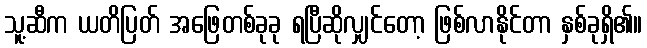
သူ့ဆီက ယတိပြတ် အဖြေတစ်ခုခု ရပြီဆိုလျှင်တော့ ဖြစ်လာနိုင်တာ နှစ်ခုရှိ၏။